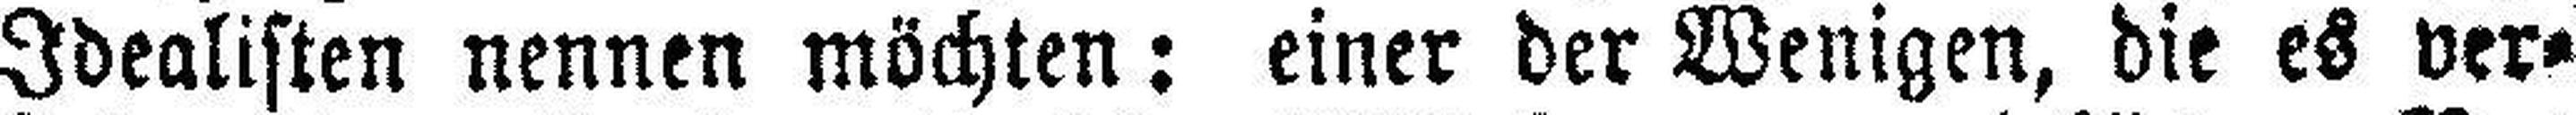
Idealisten nennen möchten: einer der Wenigen, die es ver¬